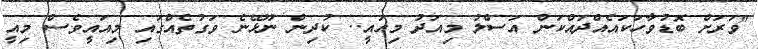
"ވަރަށް ބޮޑުވާހަކައެއްދައްކަން އަސްލު މިއަދު މިއައީ.. ކުދިން ނޫޅޭނެ ވަގުތެއްގައި މިއައީވެސް މިއީ